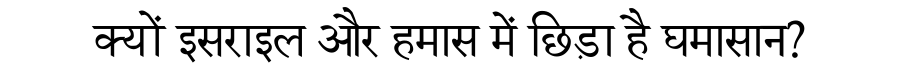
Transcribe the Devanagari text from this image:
क्यों इसराइल और हमास में छिड़ा है घमासान?